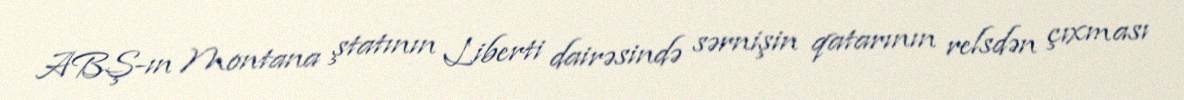
ABŞ-ın Montana ştatının Liberti dairəsində sərnişin qatarının relsdən çıxması